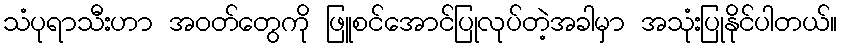
သံပုရာသီးဟာ အဝတ်တွေကို ဖြူစင်အောင်ပြုလုပ်တဲ့အခါမှာ အသုံးပြုနိုင်ပါတယ်။